Sketch of the medical history of the native army of Bombay, for the year
Year: 1872
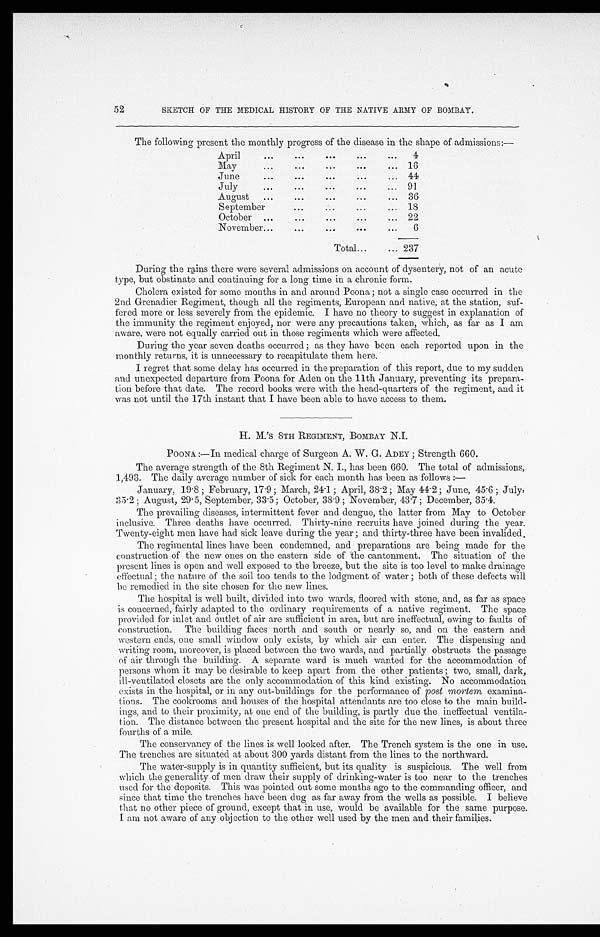
52
SKETCH OF THE MEDICAL HISTORY OF THE NATIVE ARMY OF BOMBAY.
The following present the monthly progress of the disease in the shape of admissions:—
April
.
.
.
4
May
.
.
. 16
June
.
.
. 44
July
.
.
. 91
August . . . 36
September . . . 18
October . . . 22
November . . .
6
Total . . . 237
During the rains there were several admissions on account of dysentery, not of an acute
type, but obstinate and continuing for a long time in a chronic form.
Cholera existed for some months in and around Poona ; not a single case occurred in the
2nd Grenadier Regiment, though all the regiments, European and native, at the station, suf
-
fered more or less severely from the epidemic. I have no theory to suggest in explanation of
the immunity the regiment enjoyed, nor were any precautions taken, which, as far as I am
aware, were not equally carried out in those regiments which were affected.
During the year seven deaths occurred ; as they have been each reported upon in the
monthly returns, it is unnecessary to recapitulate them here.
I regret that some delay has occurred in the preparation of this report, due to my sudden
and unexpected departure from Poona for Aden on the 11th January, preventing its prepara
-
tion before that date. The record books were with the head-quarters of the regiment, and it
was not until the 17th instant that I have been able to have access to them.
H. M.'S 8TH REGIMENT, BOMBAY N.I.
POONA :—In medical charge of Surgeon A. W. G. ADEY ; Strength 660.
The average strength of the 8th Regiment N. I., has been 660. The total of admissions,
1,493. The daily average number of sick for each month has been as follows :—
January, 19.8 ; February, 17.9 ; March, 24.1 ; April, 38.2 ; May 44.2 ; June, 45.6 ; July,
35.2 ; August, 29.5, September, 33.5; October, 38.9 ; November, 43.7 ; December, 35.4.
The prevailing diseases, intermittent fever and dengue, the latter from May to October
inclusive. Three deaths have occurred. Thirty-nine recruits have joined during the year.
Twenty-eight men have had sick leave during the year ; and thirty-three have been invalided.
The regimental lines have been condemned, and preparations are being made for the
construction of the new ones on the eastern side of the cantonment. The situation of the
present lines is open and well exposed to the breeze, but the site is too level to make drainage
effectual ; the nature of the soil too tends to the lodgment of water ; both of these defects will
be remedied in the site chosen for the new lines.
The hospital is well built, divided into two wards, floored with stone, and, as far as space
is concerned, fairly adapted to the ordinary requirements of a native regiment. The space
provided for inlet and outlet of air are sufficient in area, but are ineffectual, owing to faults of
construction. The building faces north and south or nearly so, and on the eastern and
western ends, one small window only exists, by which air can enter. The dispensing and
writing room, moreover, is placed between the two wards, and partially obstructs the passage
of air through the building. A separate ward is much wanted for the accommodation of
persons whom it may be desirable to keep apart from the other patients ; two, small, dark,
ill-ventilated closets are the only accommodation of this kind existing. No accommodation
exists in the hospital, or in any out-buildings for the performance of post mortem examina
-
tions. The cookrooms and houses of the hospital attendants are too close to the main build
-
ings, and to their proximity, at one end of the building, is partly due the ineffectual ventila
-
tion. The distance between the present hospital and the site for the new lines, is about three
fourths of a mile.
The conservancy of the lines is well looked after. The Trench system is the one in use.
The trenches are situated at about 300 yards distant from the lines to the northward.
The water-supply is in quantity sufficient, but its quality is suspicious. The well from
which the generality of men draw their supply of drinking-water is too near to the trenches
used for the deposits. This was pointed out some months ago to the commanding officer, and
since that time the trenches have been (dug as far away from the wells as possible. I believe
that no other piece of ground, except that in use, would be available for the same purpose.
I am not aware of any objection to the other well used by the men and their families.